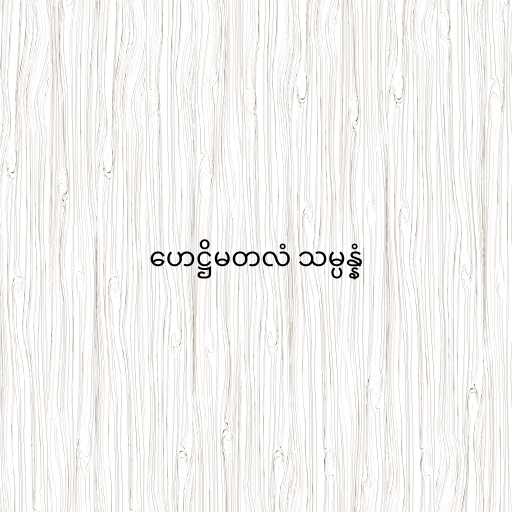
ဟေဋ္ဌိမတလံ သမ္ပန္နံ